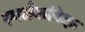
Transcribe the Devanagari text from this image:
स्पर्धकांपेक्षा